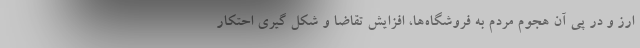
ارز و در پی آن هجوم مردم به فروشگاه‌ها، افزایش تقاضا و شکل گیری احتکار